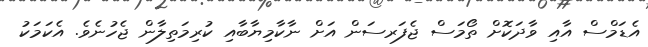
އެޑަމްސް އާއި ވާދަކޮށް ތޯމަސް ޖެފަރސަން އަށް ނާކާމިޔާބާއި ކުރިމަތިލާން ޖެހުނެވެ. އެކަަމަކު